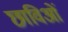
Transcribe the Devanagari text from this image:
छाविओं